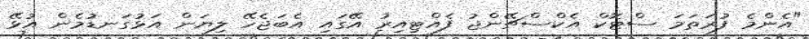
"އެންމެ ފުރަތަމަ ސްޓޮކް އެކްސްޗޭންޖު ފެއްޓިއިރު އޭގައި އެބަޖެހޭ ލިޔަން އަޅުގަނޑުމެން އުޅޭ